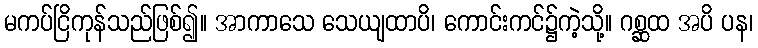
မကပ်ငြိကုန်သည်ဖြစ်၍။ အာကာသေ သေယျထာပိ၊ ကောင်းကင်၌ကဲ့သို့။ ဂစ္ဆထ အပိ ပန၊